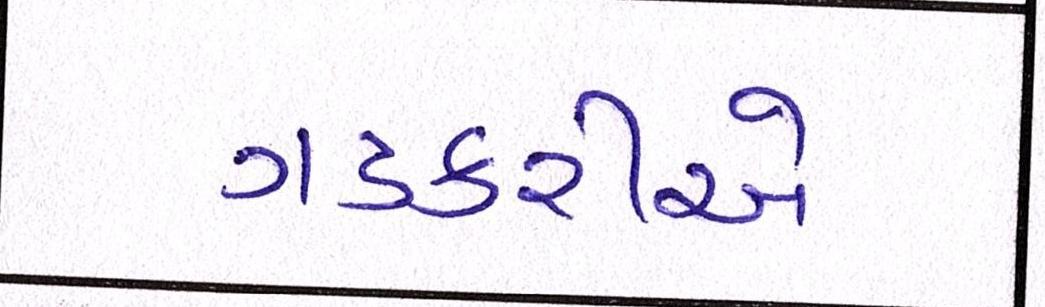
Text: ગડકરીએ